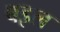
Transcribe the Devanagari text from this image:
बइल